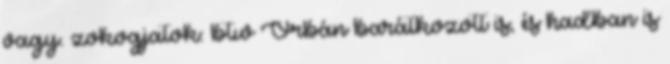
vagy. zokogjatok: btw Orbán barátkozott is, és hadban is